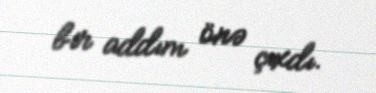
bir addım önə çıxdı.